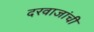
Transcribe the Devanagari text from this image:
दरवाजांची